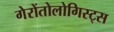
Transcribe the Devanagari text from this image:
गेरोंतोलोगिस्ट्स